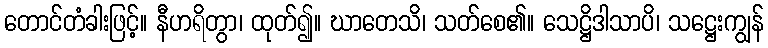
တောင်တံခါးဖြင့်။ နီဟရိတွာ၊ ထုတ်၍။ ဃာတေသိ၊ သတ်စေ၏။ သေဋ္ဌိဒါသာပိ၊ သဋ္ဌေးကျွန်